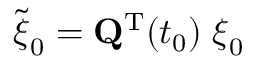
\widetilde { { \boldsymbol \xi } } _ { 0 } = { \mathbf Q } ^ { { \mathrm T } } ( t _ { 0 } ) \; { \boldsymbol \xi } _ { 0 }